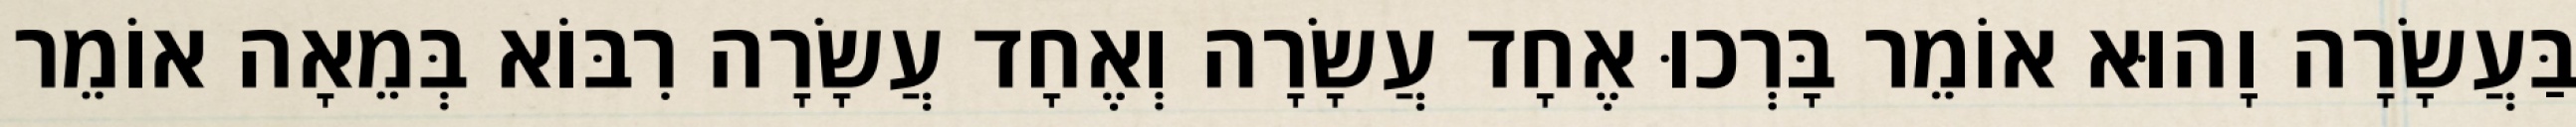
בַּעֲשָׂרָה וָהוּא אוֹמֵר בָּרְכוּ אֶחָד עֲשָׂרָה וְאֶחָד עֲשָׂרָה רִבּוֹא בְּמֵאָה אוֹמֵר